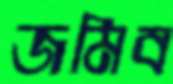
জমিব